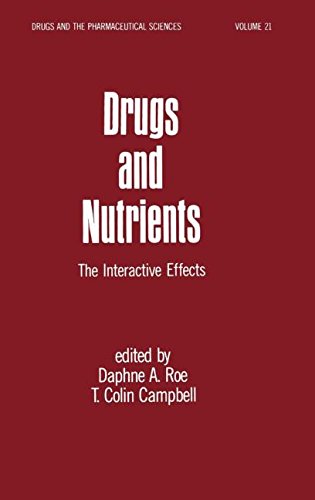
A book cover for Drugs and Nutrients: The Interactive Effects (Drugs and the Pharmaceutical Sciences); D. A. Roe; Medical Books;